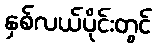
နှစ်လယ်ပိုင်းတွင်